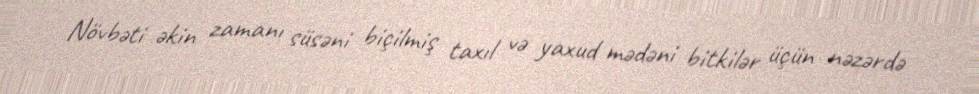
Növbəti əkin zamanı süsəni biçilmiş taxıl və yaxud mədəni bitkilər üçün nəzərdə